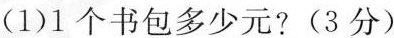
(1)1个书包多少元?(3分)